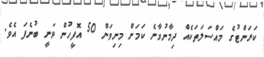
ކަރަންޓުގެ މައްސަލަތަކެއް ދިމާނުވާނެ ކަމަށް މިނިވަން 50 އޮފީހުން ވަނީ ބުނެފަ އެވެ.